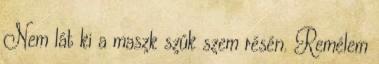
Nem lát ki a maszk szûk szem résén. Remélem